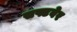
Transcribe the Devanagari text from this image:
सफ्टवेर